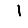
Digit: 1